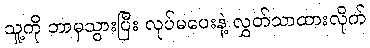
သူ့ကို ဘာမှသွားပြီး လုပ်မပေးနဲ့ လွှတ်သာထားလိုက်